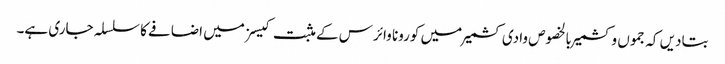
بتادیں کہ جموں وکشمیر بالخصوص وادی کشمیر میں کورونا وائرس کے مثبت کیسز میں اضافے کا سلسلہ جاری ہے۔